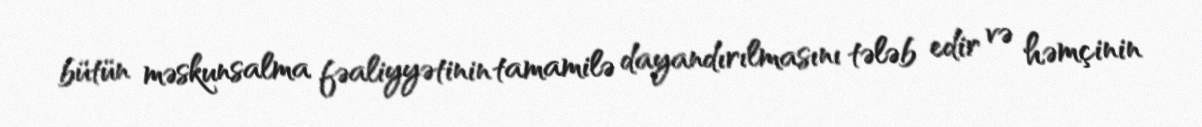
bütün məskunsalma fəaliyyətinin tamamilə dayandırılmasını tələb edir və həmçinin